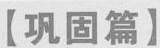
【巩固篇】